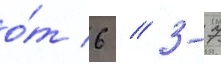
о́т 6 / 3-7